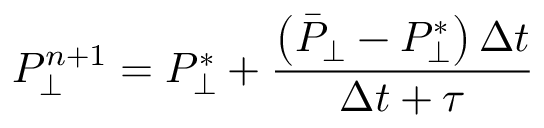
P _ { \perp } ^ { n + 1 } = P _ { \perp } ^ { * } + \frac { \left( \bar { P } _ { \perp } - P _ { \perp } ^ { * } \right) \Delta t } { \Delta t + \tau }